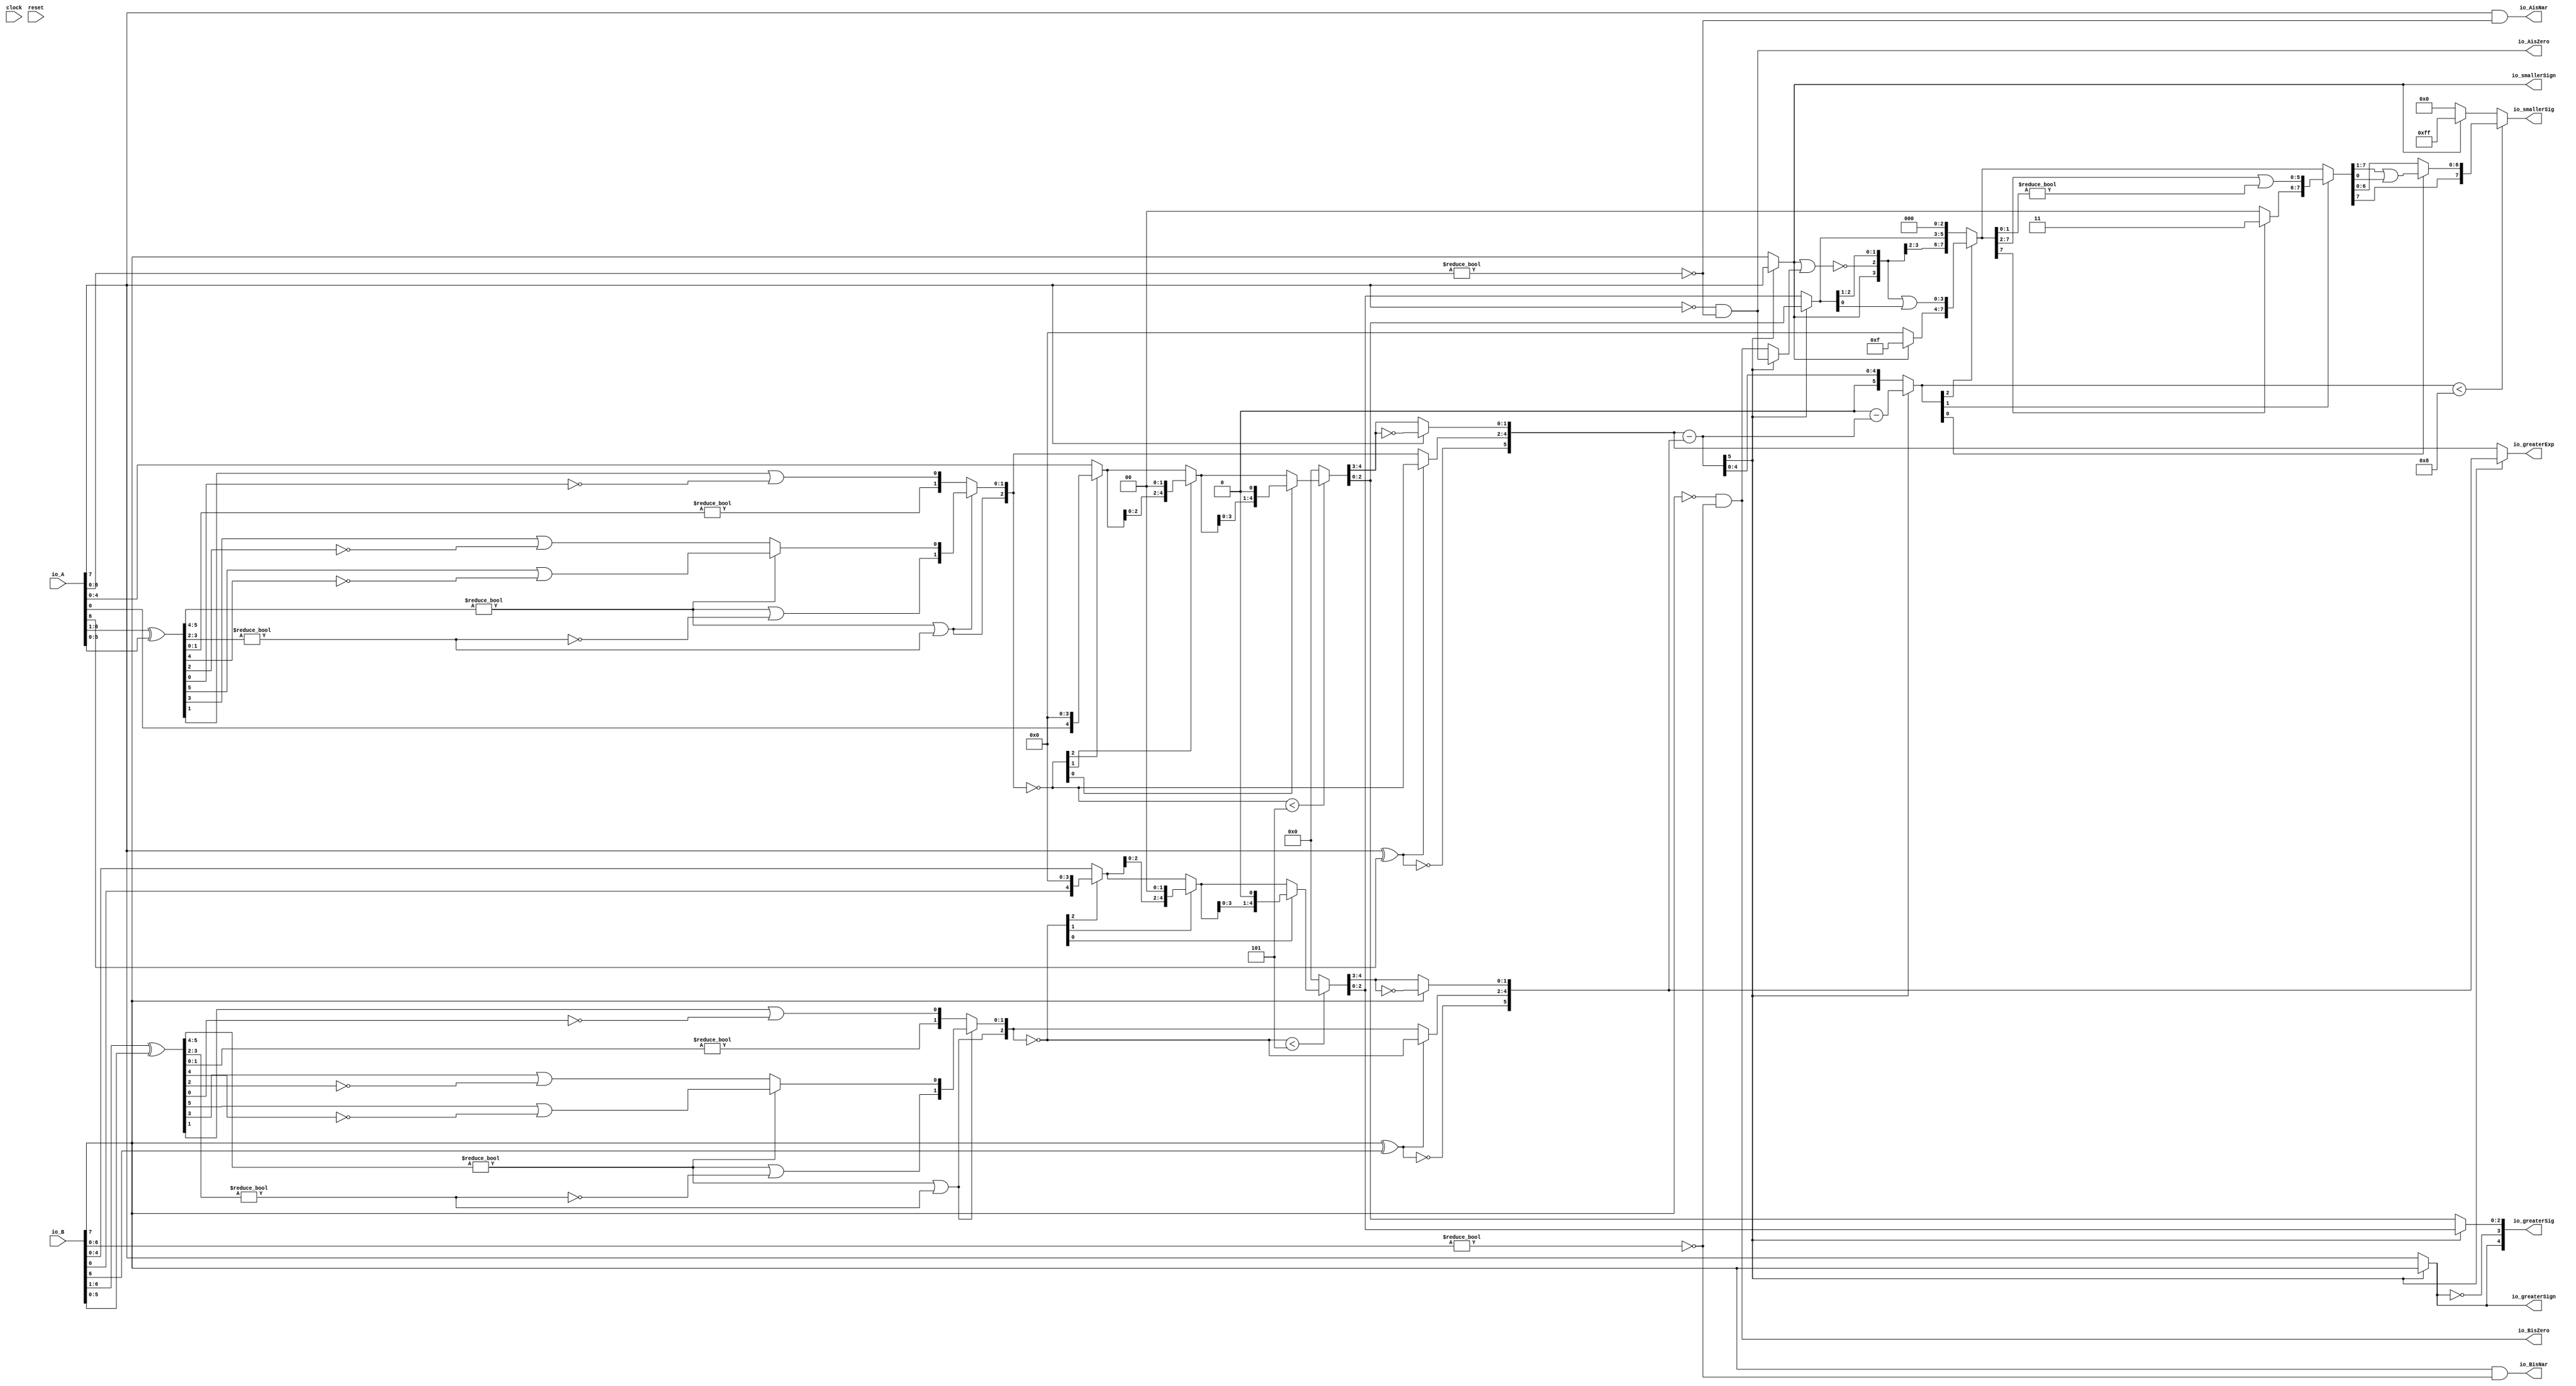
module Sig_op_approx8_2(
  input        clock,
  input        reset,
  input  [7:0] io_A,
  input  [7:0] io_B,
  output       io_greaterSign,
  output       io_smallerSign,
  output [5:0] io_greaterExp,
  output [4:0] io_greaterSig,
  output [7:0] io_smallerSig,
  output       io_AisNar,
  output       io_BisNar,
  output       io_AisZero,
  output       io_BisZero
);
  wire  _T_1; // @[convert.scala 18:24]
  wire  _T_2; // @[convert.scala 18:40]
  wire  _T_3; // @[convert.scala 18:36]
  wire [5:0] _T_4; // @[convert.scala 19:24]
  wire [5:0] _T_5; // @[convert.scala 19:43]
  wire [5:0] _T_6; // @[convert.scala 19:39]
  wire [3:0] _T_7; // @[LZD.scala 43:32]
  wire [1:0] _T_8; // @[LZD.scala 43:32]
  wire  _T_9; // @[LZD.scala 39:14]
  wire  _T_10; // @[LZD.scala 39:21]
  wire  _T_11; // @[LZD.scala 39:30]
  wire  _T_12; // @[LZD.scala 39:27]
  wire  _T_13; // @[LZD.scala 39:25]
  wire [1:0] _T_14; // @[Cat.scala 29:58]
  wire [1:0] _T_15; // @[LZD.scala 44:32]
  wire  _T_16; // @[LZD.scala 39:14]
  wire  _T_17; // @[LZD.scala 39:21]
  wire  _T_18; // @[LZD.scala 39:30]
  wire  _T_19; // @[LZD.scala 39:27]
  wire  _T_20; // @[LZD.scala 39:25]
  wire [1:0] _T_21; // @[Cat.scala 29:58]
  wire  _T_22; // @[Shift.scala 12:21]
  wire  _T_23; // @[Shift.scala 12:21]
  wire  _T_24; // @[LZD.scala 49:16]
  wire  _T_25; // @[LZD.scala 49:27]
  wire  _T_26; // @[LZD.scala 49:25]
  wire  _T_27; // @[LZD.scala 49:47]
  wire  _T_28; // @[LZD.scala 49:59]
  wire  _T_29; // @[LZD.scala 49:35]
  wire [2:0] _T_31; // @[Cat.scala 29:58]
  wire [1:0] _T_32; // @[LZD.scala 44:32]
  wire  _T_33; // @[LZD.scala 39:14]
  wire  _T_34; // @[LZD.scala 39:21]
  wire  _T_35; // @[LZD.scala 39:30]
  wire  _T_36; // @[LZD.scala 39:27]
  wire  _T_37; // @[LZD.scala 39:25]
  wire [1:0] _T_38; // @[Cat.scala 29:58]
  wire  _T_39; // @[Shift.scala 12:21]
  wire [1:0] _T_41; // @[LZD.scala 55:32]
  wire [1:0] _T_42; // @[LZD.scala 55:20]
  wire [2:0] _T_43; // @[Cat.scala 29:58]
  wire [2:0] _T_44; // @[convert.scala 21:22]
  wire [4:0] _T_45; // @[convert.scala 22:36]
  wire  _T_46; // @[Shift.scala 16:24]
  wire  _T_48; // @[Shift.scala 12:21]
  wire  _T_49; // @[Shift.scala 64:52]
  wire [4:0] _T_51; // @[Cat.scala 29:58]
  wire [4:0] _T_52; // @[Shift.scala 64:27]
  wire [1:0] _T_53; // @[Shift.scala 66:70]
  wire  _T_54; // @[Shift.scala 12:21]
  wire [2:0] _T_55; // @[Shift.scala 64:52]
  wire [4:0] _T_57; // @[Cat.scala 29:58]
  wire [4:0] _T_58; // @[Shift.scala 64:27]
  wire  _T_59; // @[Shift.scala 66:70]
  wire [3:0] _T_61; // @[Shift.scala 64:52]
  wire [4:0] _T_62; // @[Cat.scala 29:58]
  wire [4:0] _T_63; // @[Shift.scala 64:27]
  wire [4:0] _T_64; // @[Shift.scala 16:10]
  wire [1:0] _T_65; // @[convert.scala 23:34]
  wire [2:0] decA_fraction; // @[convert.scala 24:34]
  wire  _T_67; // @[convert.scala 25:26]
  wire [2:0] _T_69; // @[convert.scala 25:42]
  wire [1:0] _T_72; // @[convert.scala 26:67]
  wire [1:0] _T_73; // @[convert.scala 26:51]
  wire [5:0] _T_74; // @[Cat.scala 29:58]
  wire [6:0] _T_76; // @[convert.scala 29:56]
  wire  _T_77; // @[convert.scala 29:60]
  wire  _T_78; // @[convert.scala 29:41]
  wire  _T_81; // @[convert.scala 30:19]
  wire  decA_isZero; // @[convert.scala 30:41]
  wire [5:0] decA_scale; // @[convert.scala 32:24]
  wire  _T_90; // @[convert.scala 18:24]
  wire  _T_91; // @[convert.scala 18:40]
  wire  _T_92; // @[convert.scala 18:36]
  wire [5:0] _T_93; // @[convert.scala 19:24]
  wire [5:0] _T_94; // @[convert.scala 19:43]
  wire [5:0] _T_95; // @[convert.scala 19:39]
  wire [3:0] _T_96; // @[LZD.scala 43:32]
  wire [1:0] _T_97; // @[LZD.scala 43:32]
  wire  _T_98; // @[LZD.scala 39:14]
  wire  _T_99; // @[LZD.scala 39:21]
  wire  _T_100; // @[LZD.scala 39:30]
  wire  _T_101; // @[LZD.scala 39:27]
  wire  _T_102; // @[LZD.scala 39:25]
  wire [1:0] _T_103; // @[Cat.scala 29:58]
  wire [1:0] _T_104; // @[LZD.scala 44:32]
  wire  _T_105; // @[LZD.scala 39:14]
  wire  _T_106; // @[LZD.scala 39:21]
  wire  _T_107; // @[LZD.scala 39:30]
  wire  _T_108; // @[LZD.scala 39:27]
  wire  _T_109; // @[LZD.scala 39:25]
  wire [1:0] _T_110; // @[Cat.scala 29:58]
  wire  _T_111; // @[Shift.scala 12:21]
  wire  _T_112; // @[Shift.scala 12:21]
  wire  _T_113; // @[LZD.scala 49:16]
  wire  _T_114; // @[LZD.scala 49:27]
  wire  _T_115; // @[LZD.scala 49:25]
  wire  _T_116; // @[LZD.scala 49:47]
  wire  _T_117; // @[LZD.scala 49:59]
  wire  _T_118; // @[LZD.scala 49:35]
  wire [2:0] _T_120; // @[Cat.scala 29:58]
  wire [1:0] _T_121; // @[LZD.scala 44:32]
  wire  _T_122; // @[LZD.scala 39:14]
  wire  _T_123; // @[LZD.scala 39:21]
  wire  _T_124; // @[LZD.scala 39:30]
  wire  _T_125; // @[LZD.scala 39:27]
  wire  _T_126; // @[LZD.scala 39:25]
  wire [1:0] _T_127; // @[Cat.scala 29:58]
  wire  _T_128; // @[Shift.scala 12:21]
  wire [1:0] _T_130; // @[LZD.scala 55:32]
  wire [1:0] _T_131; // @[LZD.scala 55:20]
  wire [2:0] _T_132; // @[Cat.scala 29:58]
  wire [2:0] _T_133; // @[convert.scala 21:22]
  wire [4:0] _T_134; // @[convert.scala 22:36]
  wire  _T_135; // @[Shift.scala 16:24]
  wire  _T_137; // @[Shift.scala 12:21]
  wire  _T_138; // @[Shift.scala 64:52]
  wire [4:0] _T_140; // @[Cat.scala 29:58]
  wire [4:0] _T_141; // @[Shift.scala 64:27]
  wire [1:0] _T_142; // @[Shift.scala 66:70]
  wire  _T_143; // @[Shift.scala 12:21]
  wire [2:0] _T_144; // @[Shift.scala 64:52]
  wire [4:0] _T_146; // @[Cat.scala 29:58]
  wire [4:0] _T_147; // @[Shift.scala 64:27]
  wire  _T_148; // @[Shift.scala 66:70]
  wire [3:0] _T_150; // @[Shift.scala 64:52]
  wire [4:0] _T_151; // @[Cat.scala 29:58]
  wire [4:0] _T_152; // @[Shift.scala 64:27]
  wire [4:0] _T_153; // @[Shift.scala 16:10]
  wire [1:0] _T_154; // @[convert.scala 23:34]
  wire [2:0] decB_fraction; // @[convert.scala 24:34]
  wire  _T_156; // @[convert.scala 25:26]
  wire [2:0] _T_158; // @[convert.scala 25:42]
  wire [1:0] _T_161; // @[convert.scala 26:67]
  wire [1:0] _T_162; // @[convert.scala 26:51]
  wire [5:0] _T_163; // @[Cat.scala 29:58]
  wire [6:0] _T_165; // @[convert.scala 29:56]
  wire  _T_166; // @[convert.scala 29:60]
  wire  _T_167; // @[convert.scala 29:41]
  wire  _T_170; // @[convert.scala 30:19]
  wire  decB_isZero; // @[convert.scala 30:41]
  wire [5:0] decB_scale; // @[convert.scala 32:24]
  wire [5:0] _T_179; // @[Sig_op_approx.scala 37:30]
  wire [5:0] scale_diff; // @[Sig_op_approx.scala 37:30]
  wire  _T_180; // @[Sig_op_approx.scala 38:37]
  wire  aGTb; // @[Sig_op_approx.scala 38:21]
  wire [2:0] greaterFrac; // @[Sig_op_approx.scala 43:24]
  wire [2:0] smallerFrac; // @[Sig_op_approx.scala 44:24]
  wire  smallerZero; // @[Sig_op_approx.scala 45:24]
  wire [5:0] _T_186; // @[Sig_op_approx.scala 46:35]
  wire [5:0] _T_187; // @[Sig_op_approx.scala 46:35]
  wire [5:0] sdiff; // @[Sig_op_approx.scala 46:18]
  wire  _T_188; // @[Sig_op_approx.scala 51:53]
  wire  _T_189; // @[Sig_op_approx.scala 51:36]
  wire [7:0] _T_192; // @[Cat.scala 29:58]
  wire [5:0] _T_193; // @[Sig_op_approx.scala 51:119]
  wire  _T_194; // @[Shift.scala 39:24]
  wire [2:0] _T_195; // @[Shift.scala 40:44]
  wire [3:0] _T_196; // @[Shift.scala 90:30]
  wire [3:0] _T_197; // @[Shift.scala 90:48]
  wire  _T_198; // @[Shift.scala 90:57]
  wire [3:0] _GEN_0; // @[Shift.scala 90:39]
  wire [3:0] _T_199; // @[Shift.scala 90:39]
  wire  _T_200; // @[Shift.scala 12:21]
  wire  _T_201; // @[Shift.scala 12:21]
  wire [3:0] _T_203; // @[Bitwise.scala 71:12]
  wire [7:0] _T_204; // @[Cat.scala 29:58]
  wire [7:0] _T_205; // @[Shift.scala 91:22]
  wire [1:0] _T_206; // @[Shift.scala 92:77]
  wire [5:0] _T_207; // @[Shift.scala 90:30]
  wire [1:0] _T_208; // @[Shift.scala 90:48]
  wire  _T_209; // @[Shift.scala 90:57]
  wire [5:0] _GEN_1; // @[Shift.scala 90:39]
  wire [5:0] _T_210; // @[Shift.scala 90:39]
  wire  _T_211; // @[Shift.scala 12:21]
  wire  _T_212; // @[Shift.scala 12:21]
  wire [1:0] _T_214; // @[Bitwise.scala 71:12]
  wire [7:0] _T_215; // @[Cat.scala 29:58]
  wire [7:0] _T_216; // @[Shift.scala 91:22]
  wire  _T_217; // @[Shift.scala 92:77]
  wire [6:0] _T_218; // @[Shift.scala 90:30]
  wire  _T_219; // @[Shift.scala 90:48]
  wire [6:0] _GEN_2; // @[Shift.scala 90:39]
  wire [6:0] _T_221; // @[Shift.scala 90:39]
  wire  _T_223; // @[Shift.scala 12:21]
  wire [7:0] _T_224; // @[Cat.scala 29:58]
  wire [7:0] _T_225; // @[Shift.scala 91:22]
  wire [7:0] _T_228; // @[Bitwise.scala 71:12]
  wire  _T_229; // @[Sig_op_approx.scala 57:40]
  wire [1:0] _T_230; // @[Cat.scala 29:58]
  assign _T_1 = io_A[7]; // @[convert.scala 18:24]
  assign _T_2 = io_A[6]; // @[convert.scala 18:40]
  assign _T_3 = _T_1 ^ _T_2; // @[convert.scala 18:36]
  assign _T_4 = io_A[6:1]; // @[convert.scala 19:24]
  assign _T_5 = io_A[5:0]; // @[convert.scala 19:43]
  assign _T_6 = _T_4 ^ _T_5; // @[convert.scala 19:39]
  assign _T_7 = _T_6[5:2]; // @[LZD.scala 43:32]
  assign _T_8 = _T_7[3:2]; // @[LZD.scala 43:32]
  assign _T_9 = _T_8 != 2'h0; // @[LZD.scala 39:14]
  assign _T_10 = _T_8[1]; // @[LZD.scala 39:21]
  assign _T_11 = _T_8[0]; // @[LZD.scala 39:30]
  assign _T_12 = ~ _T_11; // @[LZD.scala 39:27]
  assign _T_13 = _T_10 | _T_12; // @[LZD.scala 39:25]
  assign _T_14 = {_T_9,_T_13}; // @[Cat.scala 29:58]
  assign _T_15 = _T_7[1:0]; // @[LZD.scala 44:32]
  assign _T_16 = _T_15 != 2'h0; // @[LZD.scala 39:14]
  assign _T_17 = _T_15[1]; // @[LZD.scala 39:21]
  assign _T_18 = _T_15[0]; // @[LZD.scala 39:30]
  assign _T_19 = ~ _T_18; // @[LZD.scala 39:27]
  assign _T_20 = _T_17 | _T_19; // @[LZD.scala 39:25]
  assign _T_21 = {_T_16,_T_20}; // @[Cat.scala 29:58]
  assign _T_22 = _T_14[1]; // @[Shift.scala 12:21]
  assign _T_23 = _T_21[1]; // @[Shift.scala 12:21]
  assign _T_24 = _T_22 | _T_23; // @[LZD.scala 49:16]
  assign _T_25 = ~ _T_23; // @[LZD.scala 49:27]
  assign _T_26 = _T_22 | _T_25; // @[LZD.scala 49:25]
  assign _T_27 = _T_14[0:0]; // @[LZD.scala 49:47]
  assign _T_28 = _T_21[0:0]; // @[LZD.scala 49:59]
  assign _T_29 = _T_22 ? _T_27 : _T_28; // @[LZD.scala 49:35]
  assign _T_31 = {_T_24,_T_26,_T_29}; // @[Cat.scala 29:58]
  assign _T_32 = _T_6[1:0]; // @[LZD.scala 44:32]
  assign _T_33 = _T_32 != 2'h0; // @[LZD.scala 39:14]
  assign _T_34 = _T_32[1]; // @[LZD.scala 39:21]
  assign _T_35 = _T_32[0]; // @[LZD.scala 39:30]
  assign _T_36 = ~ _T_35; // @[LZD.scala 39:27]
  assign _T_37 = _T_34 | _T_36; // @[LZD.scala 39:25]
  assign _T_38 = {_T_33,_T_37}; // @[Cat.scala 29:58]
  assign _T_39 = _T_31[2]; // @[Shift.scala 12:21]
  assign _T_41 = _T_31[1:0]; // @[LZD.scala 55:32]
  assign _T_42 = _T_39 ? _T_41 : _T_38; // @[LZD.scala 55:20]
  assign _T_43 = {_T_39,_T_42}; // @[Cat.scala 29:58]
  assign _T_44 = ~ _T_43; // @[convert.scala 21:22]
  assign _T_45 = io_A[4:0]; // @[convert.scala 22:36]
  assign _T_46 = _T_44 < 3'h5; // @[Shift.scala 16:24]
  assign _T_48 = _T_44[2]; // @[Shift.scala 12:21]
  assign _T_49 = _T_45[0:0]; // @[Shift.scala 64:52]
  assign _T_51 = {_T_49,4'h0}; // @[Cat.scala 29:58]
  assign _T_52 = _T_48 ? _T_51 : _T_45; // @[Shift.scala 64:27]
  assign _T_53 = _T_44[1:0]; // @[Shift.scala 66:70]
  assign _T_54 = _T_53[1]; // @[Shift.scala 12:21]
  assign _T_55 = _T_52[2:0]; // @[Shift.scala 64:52]
  assign _T_57 = {_T_55,2'h0}; // @[Cat.scala 29:58]
  assign _T_58 = _T_54 ? _T_57 : _T_52; // @[Shift.scala 64:27]
  assign _T_59 = _T_53[0:0]; // @[Shift.scala 66:70]
  assign _T_61 = _T_58[3:0]; // @[Shift.scala 64:52]
  assign _T_62 = {_T_61,1'h0}; // @[Cat.scala 29:58]
  assign _T_63 = _T_59 ? _T_62 : _T_58; // @[Shift.scala 64:27]
  assign _T_64 = _T_46 ? _T_63 : 5'h0; // @[Shift.scala 16:10]
  assign _T_65 = _T_64[4:3]; // @[convert.scala 23:34]
  assign decA_fraction = _T_64[2:0]; // @[convert.scala 24:34]
  assign _T_67 = _T_3 == 1'h0; // @[convert.scala 25:26]
  assign _T_69 = _T_3 ? _T_44 : _T_43; // @[convert.scala 25:42]
  assign _T_72 = ~ _T_65; // @[convert.scala 26:67]
  assign _T_73 = _T_1 ? _T_72 : _T_65; // @[convert.scala 26:51]
  assign _T_74 = {_T_67,_T_69,_T_73}; // @[Cat.scala 29:58]
  assign _T_76 = io_A[6:0]; // @[convert.scala 29:56]
  assign _T_77 = _T_76 != 7'h0; // @[convert.scala 29:60]
  assign _T_78 = ~ _T_77; // @[convert.scala 29:41]
  assign _T_81 = _T_1 == 1'h0; // @[convert.scala 30:19]
  assign decA_isZero = _T_81 & _T_78; // @[convert.scala 30:41]
  assign decA_scale = $signed(_T_74); // @[convert.scala 32:24]
  assign _T_90 = io_B[7]; // @[convert.scala 18:24]
  assign _T_91 = io_B[6]; // @[convert.scala 18:40]
  assign _T_92 = _T_90 ^ _T_91; // @[convert.scala 18:36]
  assign _T_93 = io_B[6:1]; // @[convert.scala 19:24]
  assign _T_94 = io_B[5:0]; // @[convert.scala 19:43]
  assign _T_95 = _T_93 ^ _T_94; // @[convert.scala 19:39]
  assign _T_96 = _T_95[5:2]; // @[LZD.scala 43:32]
  assign _T_97 = _T_96[3:2]; // @[LZD.scala 43:32]
  assign _T_98 = _T_97 != 2'h0; // @[LZD.scala 39:14]
  assign _T_99 = _T_97[1]; // @[LZD.scala 39:21]
  assign _T_100 = _T_97[0]; // @[LZD.scala 39:30]
  assign _T_101 = ~ _T_100; // @[LZD.scala 39:27]
  assign _T_102 = _T_99 | _T_101; // @[LZD.scala 39:25]
  assign _T_103 = {_T_98,_T_102}; // @[Cat.scala 29:58]
  assign _T_104 = _T_96[1:0]; // @[LZD.scala 44:32]
  assign _T_105 = _T_104 != 2'h0; // @[LZD.scala 39:14]
  assign _T_106 = _T_104[1]; // @[LZD.scala 39:21]
  assign _T_107 = _T_104[0]; // @[LZD.scala 39:30]
  assign _T_108 = ~ _T_107; // @[LZD.scala 39:27]
  assign _T_109 = _T_106 | _T_108; // @[LZD.scala 39:25]
  assign _T_110 = {_T_105,_T_109}; // @[Cat.scala 29:58]
  assign _T_111 = _T_103[1]; // @[Shift.scala 12:21]
  assign _T_112 = _T_110[1]; // @[Shift.scala 12:21]
  assign _T_113 = _T_111 | _T_112; // @[LZD.scala 49:16]
  assign _T_114 = ~ _T_112; // @[LZD.scala 49:27]
  assign _T_115 = _T_111 | _T_114; // @[LZD.scala 49:25]
  assign _T_116 = _T_103[0:0]; // @[LZD.scala 49:47]
  assign _T_117 = _T_110[0:0]; // @[LZD.scala 49:59]
  assign _T_118 = _T_111 ? _T_116 : _T_117; // @[LZD.scala 49:35]
  assign _T_120 = {_T_113,_T_115,_T_118}; // @[Cat.scala 29:58]
  assign _T_121 = _T_95[1:0]; // @[LZD.scala 44:32]
  assign _T_122 = _T_121 != 2'h0; // @[LZD.scala 39:14]
  assign _T_123 = _T_121[1]; // @[LZD.scala 39:21]
  assign _T_124 = _T_121[0]; // @[LZD.scala 39:30]
  assign _T_125 = ~ _T_124; // @[LZD.scala 39:27]
  assign _T_126 = _T_123 | _T_125; // @[LZD.scala 39:25]
  assign _T_127 = {_T_122,_T_126}; // @[Cat.scala 29:58]
  assign _T_128 = _T_120[2]; // @[Shift.scala 12:21]
  assign _T_130 = _T_120[1:0]; // @[LZD.scala 55:32]
  assign _T_131 = _T_128 ? _T_130 : _T_127; // @[LZD.scala 55:20]
  assign _T_132 = {_T_128,_T_131}; // @[Cat.scala 29:58]
  assign _T_133 = ~ _T_132; // @[convert.scala 21:22]
  assign _T_134 = io_B[4:0]; // @[convert.scala 22:36]
  assign _T_135 = _T_133 < 3'h5; // @[Shift.scala 16:24]
  assign _T_137 = _T_133[2]; // @[Shift.scala 12:21]
  assign _T_138 = _T_134[0:0]; // @[Shift.scala 64:52]
  assign _T_140 = {_T_138,4'h0}; // @[Cat.scala 29:58]
  assign _T_141 = _T_137 ? _T_140 : _T_134; // @[Shift.scala 64:27]
  assign _T_142 = _T_133[1:0]; // @[Shift.scala 66:70]
  assign _T_143 = _T_142[1]; // @[Shift.scala 12:21]
  assign _T_144 = _T_141[2:0]; // @[Shift.scala 64:52]
  assign _T_146 = {_T_144,2'h0}; // @[Cat.scala 29:58]
  assign _T_147 = _T_143 ? _T_146 : _T_141; // @[Shift.scala 64:27]
  assign _T_148 = _T_142[0:0]; // @[Shift.scala 66:70]
  assign _T_150 = _T_147[3:0]; // @[Shift.scala 64:52]
  assign _T_151 = {_T_150,1'h0}; // @[Cat.scala 29:58]
  assign _T_152 = _T_148 ? _T_151 : _T_147; // @[Shift.scala 64:27]
  assign _T_153 = _T_135 ? _T_152 : 5'h0; // @[Shift.scala 16:10]
  assign _T_154 = _T_153[4:3]; // @[convert.scala 23:34]
  assign decB_fraction = _T_153[2:0]; // @[convert.scala 24:34]
  assign _T_156 = _T_92 == 1'h0; // @[convert.scala 25:26]
  assign _T_158 = _T_92 ? _T_133 : _T_132; // @[convert.scala 25:42]
  assign _T_161 = ~ _T_154; // @[convert.scala 26:67]
  assign _T_162 = _T_90 ? _T_161 : _T_154; // @[convert.scala 26:51]
  assign _T_163 = {_T_156,_T_158,_T_162}; // @[Cat.scala 29:58]
  assign _T_165 = io_B[6:0]; // @[convert.scala 29:56]
  assign _T_166 = _T_165 != 7'h0; // @[convert.scala 29:60]
  assign _T_167 = ~ _T_166; // @[convert.scala 29:41]
  assign _T_170 = _T_90 == 1'h0; // @[convert.scala 30:19]
  assign decB_isZero = _T_170 & _T_167; // @[convert.scala 30:41]
  assign decB_scale = $signed(_T_163); // @[convert.scala 32:24]
  assign _T_179 = $signed(decA_scale) - $signed(decB_scale); // @[Sig_op_approx.scala 37:30]
  assign scale_diff = $signed(_T_179); // @[Sig_op_approx.scala 37:30]
  assign _T_180 = scale_diff[5:5]; // @[Sig_op_approx.scala 38:37]
  assign aGTb = ~ _T_180; // @[Sig_op_approx.scala 38:21]
  assign greaterFrac = aGTb ? decA_fraction : decB_fraction; // @[Sig_op_approx.scala 43:24]
  assign smallerFrac = aGTb ? decB_fraction : decA_fraction; // @[Sig_op_approx.scala 44:24]
  assign smallerZero = aGTb ? decB_isZero : decA_isZero; // @[Sig_op_approx.scala 45:24]
  assign _T_186 = $signed(6'sh0) - $signed(scale_diff); // @[Sig_op_approx.scala 46:35]
  assign _T_187 = $signed(_T_186); // @[Sig_op_approx.scala 46:35]
  assign sdiff = aGTb ? $signed(scale_diff) : $signed(_T_187); // @[Sig_op_approx.scala 46:18]
  assign _T_188 = io_smallerSign | smallerZero; // @[Sig_op_approx.scala 51:53]
  assign _T_189 = ~ _T_188; // @[Sig_op_approx.scala 51:36]
  assign _T_192 = {io_smallerSign,_T_189,smallerFrac,3'h0}; // @[Cat.scala 29:58]
  assign _T_193 = $unsigned(sdiff); // @[Sig_op_approx.scala 51:119]
  assign _T_194 = _T_193 < 6'h8; // @[Shift.scala 39:24]
  assign _T_195 = _T_193[2:0]; // @[Shift.scala 40:44]
  assign _T_196 = _T_192[7:4]; // @[Shift.scala 90:30]
  assign _T_197 = _T_192[3:0]; // @[Shift.scala 90:48]
  assign _T_198 = _T_197 != 4'h0; // @[Shift.scala 90:57]
  assign _GEN_0 = {{3'd0}, _T_198}; // @[Shift.scala 90:39]
  assign _T_199 = _T_196 | _GEN_0; // @[Shift.scala 90:39]
  assign _T_200 = _T_195[2]; // @[Shift.scala 12:21]
  assign _T_201 = _T_192[7]; // @[Shift.scala 12:21]
  assign _T_203 = _T_201 ? 4'hf : 4'h0; // @[Bitwise.scala 71:12]
  assign _T_204 = {_T_203,_T_199}; // @[Cat.scala 29:58]
  assign _T_205 = _T_200 ? _T_204 : _T_192; // @[Shift.scala 91:22]
  assign _T_206 = _T_195[1:0]; // @[Shift.scala 92:77]
  assign _T_207 = _T_205[7:2]; // @[Shift.scala 90:30]
  assign _T_208 = _T_205[1:0]; // @[Shift.scala 90:48]
  assign _T_209 = _T_208 != 2'h0; // @[Shift.scala 90:57]
  assign _GEN_1 = {{5'd0}, _T_209}; // @[Shift.scala 90:39]
  assign _T_210 = _T_207 | _GEN_1; // @[Shift.scala 90:39]
  assign _T_211 = _T_206[1]; // @[Shift.scala 12:21]
  assign _T_212 = _T_205[7]; // @[Shift.scala 12:21]
  assign _T_214 = _T_212 ? 2'h3 : 2'h0; // @[Bitwise.scala 71:12]
  assign _T_215 = {_T_214,_T_210}; // @[Cat.scala 29:58]
  assign _T_216 = _T_211 ? _T_215 : _T_205; // @[Shift.scala 91:22]
  assign _T_217 = _T_206[0:0]; // @[Shift.scala 92:77]
  assign _T_218 = _T_216[7:1]; // @[Shift.scala 90:30]
  assign _T_219 = _T_216[0:0]; // @[Shift.scala 90:48]
  assign _GEN_2 = {{6'd0}, _T_219}; // @[Shift.scala 90:39]
  assign _T_221 = _T_218 | _GEN_2; // @[Shift.scala 90:39]
  assign _T_223 = _T_216[7]; // @[Shift.scala 12:21]
  assign _T_224 = {_T_223,_T_221}; // @[Cat.scala 29:58]
  assign _T_225 = _T_217 ? _T_224 : _T_216; // @[Shift.scala 91:22]
  assign _T_228 = _T_201 ? 8'hff : 8'h0; // @[Bitwise.scala 71:12]
  assign _T_229 = ~ io_greaterSign; // @[Sig_op_approx.scala 57:40]
  assign _T_230 = {io_greaterSign,_T_229}; // @[Cat.scala 29:58]
  assign io_greaterSign = aGTb ? _T_1 : _T_90; // @[Sig_op_approx.scala 39:18]
  assign io_smallerSign = aGTb ? _T_90 : _T_1; // @[Sig_op_approx.scala 40:18]
  assign io_greaterExp = aGTb ? $signed(decA_scale) : $signed(decB_scale); // @[Sig_op_approx.scala 41:18]
  assign io_greaterSig = {_T_230,greaterFrac}; // @[Sig_op_approx.scala 57:17]
  assign io_smallerSig = _T_194 ? _T_225 : _T_228; // @[Sig_op_approx.scala 52:17]
  assign io_AisNar = _T_1 & _T_78; // @[Sig_op_approx.scala 47:13]
  assign io_BisNar = _T_90 & _T_167; // @[Sig_op_approx.scala 48:13]
  assign io_AisZero = _T_81 & _T_78; // @[Sig_op_approx.scala 49:14]
  assign io_BisZero = _T_170 & _T_167; // @[Sig_op_approx.scala 50:14]
endmodule